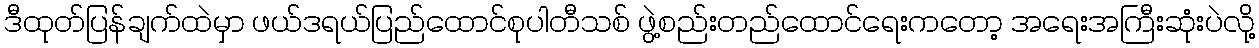
ဒီထုတ်ပြန်ချက်ထဲမှာ ဖယ်ဒရယ်ပြည်ထောင်စုပါတီသစ် ဖွဲ့စည်းတည်ထောင်ရေးကတော့ အရေးအကြီးဆုံးပဲလို့